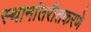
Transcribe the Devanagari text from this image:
स्थानांतरीतकरणे